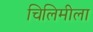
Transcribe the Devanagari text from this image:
चिलिमीला